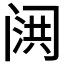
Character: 𮤷